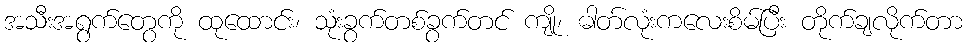
အသီးအရွက်တွေကို ထုထောင်း၊ သုံးခွက်တစ်ခွက်တင် ကျို၊ ဓါတ်လုံးကလေးစိမ်ပြီး တိုက်ချလိုက်တာ